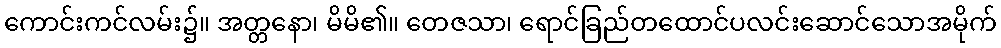
ကောင်းကင်လမ်း၌။ အတ္တနော၊ မိမိ၏။ တေဇသာ၊ ရောင်ခြည်တထောင်ပလင်းဆောင်သောအမိုက်